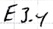
Text: E3.4